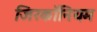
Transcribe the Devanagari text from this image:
जिरकॉनियम